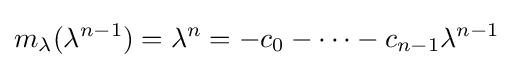
m_{\lambda }(\lambda ^{n-1})=\lambda ^{n}=-c_{0}-\cdots -c_{n-1}\lambda ^{n-1}